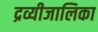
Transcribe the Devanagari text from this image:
द्रव्यीजालिका